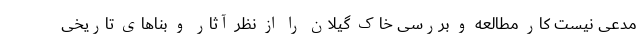
مدعی نیست کار مطالعه و بررسی خاک گیلان را از نظر آثار و بناهای تاریخی